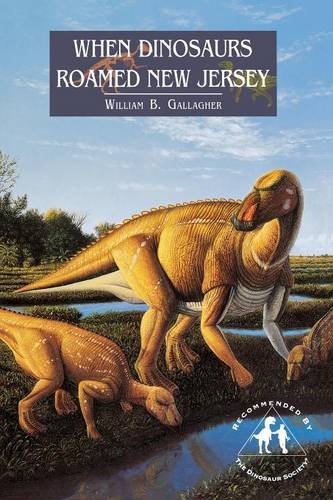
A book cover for When Dinosaurs Roamed New Jersey; William B. Gallagher; Science & Math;